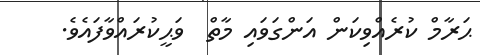
ޙަރާމް ކުރެއްވިކަން އަންގަވައި މާތް  ވަޙީކުރައްވާފައެވެ.